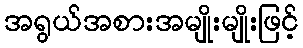
အရွယ်အစားအမျိုးမျိုးဖြင့်